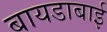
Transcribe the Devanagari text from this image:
बायडाबाई